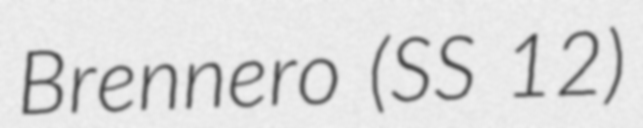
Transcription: Brennero (SS 12)